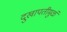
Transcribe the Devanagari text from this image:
दुखापतीमुळं